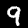
Digit: 9